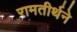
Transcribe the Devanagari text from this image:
रामतीर्थने